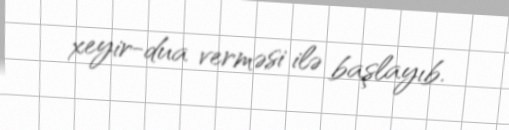
xeyir-dua verməsi ilə başlayıb.